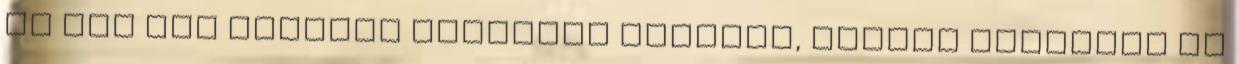
és nem egy pettyes szoknyás kislány, akinek húzhatod az